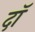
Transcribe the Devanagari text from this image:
दॉ